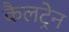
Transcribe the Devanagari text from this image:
कैलट्रेन